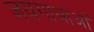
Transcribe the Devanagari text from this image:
जयगाथाओं